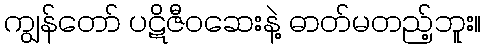
ကျွန်တော် ပဋိဇီဝဆေးနဲ့ ဓာတ်မတည့်ဘူး။